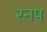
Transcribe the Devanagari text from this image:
रनप